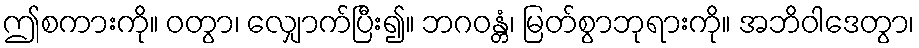
ဤစကားကို။ ဝတွာ၊ လျှောက်ပြီး၍။ ဘဂဝန္တံ၊ မြတ်စွာဘုရားကို။ အဘိဝါဒေတွာ၊